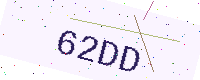
Text: 62DD